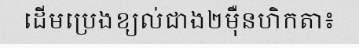
ដើមប្រេងខ្យល់ជាង២ម៉ឺនហិកតា៖